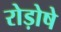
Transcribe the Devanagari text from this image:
रोड़ोषे